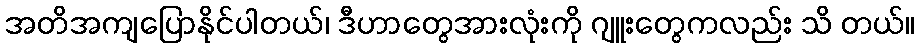
အတိအကျပြောနိုင်ပါတယ်၊ ဒီဟာတွေအားလုံးကို ဂျူးတွေကလည်း သိ တယ်။